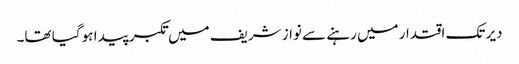
دیر تک اقتدار میں رہنے سے نواز شریف میں تکبر پیدا ہو گیا تھا۔